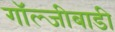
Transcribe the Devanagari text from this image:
गॉल्जीबाडी